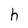
Character: h